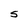
Character: S